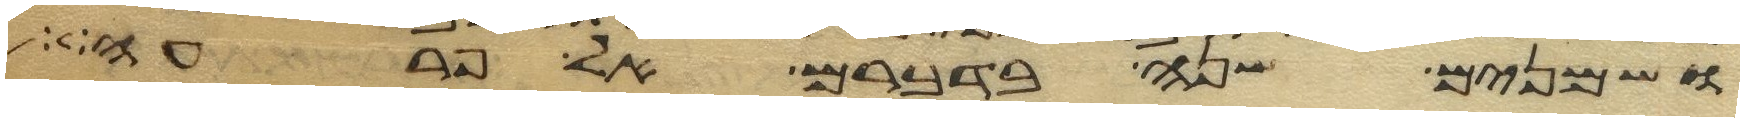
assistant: ושמנים שנה בדברם אל פרעה